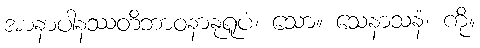
အာနာပါနဿတိဘာဝနာနုရူပံ၊ သော။ သေနာသနံ၊ ကို။